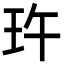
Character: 玝